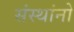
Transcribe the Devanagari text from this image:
संस्थांनो